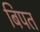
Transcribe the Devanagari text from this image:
बिपत